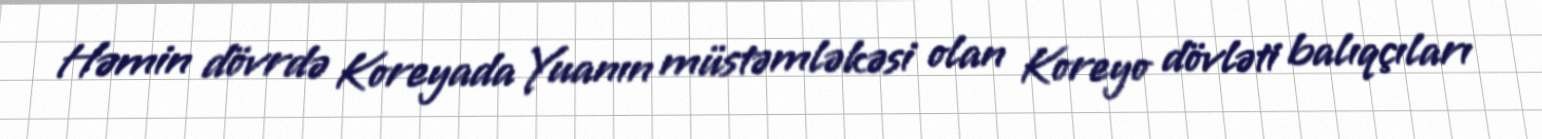
Həmin dövrdə Koreyada Yuanın müstəmləkəsi olan Koreyo dövləti balıqçıları